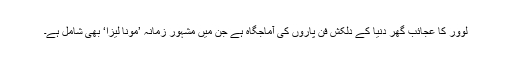
لوور کا عجائب گھر دنیا کے دلکش فن پاروں کی آماجگاہ ہے جن میں مشہور زمانہ ’مونا لیزا‘ بھی شامل ہے۔